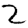
Digit: 2